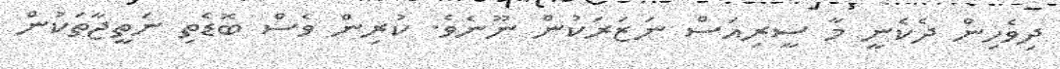
ދިވެހިން ދެކެނީ މާ ސީރިއަސް ނަޒަރަކުން ނޫނެވެ. ކުރިން ވެސް ބޮޑެތި ނަތީޖާތަކުން